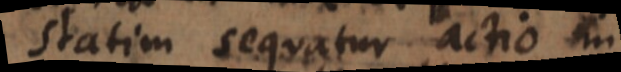
statim sequatur actio in